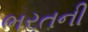
ભરતની